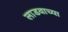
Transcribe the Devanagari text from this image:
लाडवाच्या